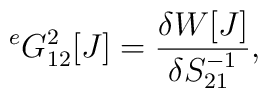
{}^e G^{2}_{12}[J]=\frac{\delta W[J]}{\delta S^{-1}_{21}},